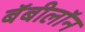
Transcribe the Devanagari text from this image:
बॅबीलॉन